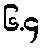
၆.၄